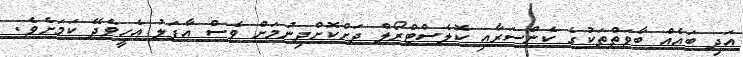
އަދި ބައެއް ބާވަތްތަކުގެ ކެންސަރާއި ކޮލެސްޓްރޯލް ދަށްކޮށްދިނުމަށް ވެސް އާފަލު އެހީވެދޭ ކަމަށެވެ.